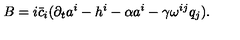
B = i \bar { c } _ { i } ( \partial _ { t } a ^ { i } - h ^ { i } - \alpha a ^ { i } - \gamma \omega ^ { i j } q _ { j } ) .